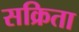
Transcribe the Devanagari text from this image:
सक्रिता